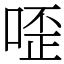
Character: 㗏